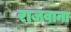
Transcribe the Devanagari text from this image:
राजवाना